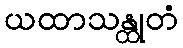
ယထာသန္ထုတံ